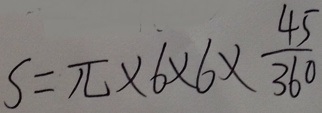
s = \pi \times 6 \times 6 \times \frac { 4 5 } { 3 6 0 }